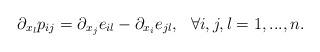
LaTeX: \begin{align*}{\partial_{x_l} p_{ij}}={\partial_{x_j}e_{il}}-{\partial_{ x_i} e_{jl}},\ \ \forall i,j,l=1,...,n.\end{align*}